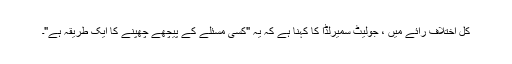
کل اختلاف رائے میں ، جولیٹ سمیرلڈا کا کہنا ہے کہ یہ "کسی مسئلے کے پیچھے چھپنے کا ایک طریقہ ہے"۔